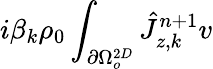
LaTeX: i\beta_{k}\rho_{0}\int_{\partial\Omega_{o}^{2D}}\hat{J}_{z,k}^{n+1}v